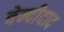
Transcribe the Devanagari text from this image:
वेन्दीदाद